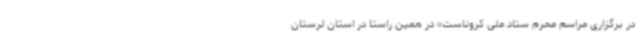
در برگزاری مراسم محرم ستاد ملی کروناست» در همین راستا در استان لرستان